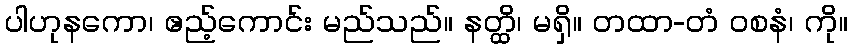
ပါဟုနကော၊ ဧည့်ကောင်း မည်သည်။ နတ္ထိ၊ မရှိ။ တထာ-တံ ဝစနံ၊ ကို။